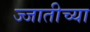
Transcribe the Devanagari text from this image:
ज्जातीच्या